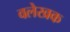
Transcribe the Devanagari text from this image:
वलेखक